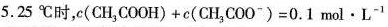
5.25℃时，$$c (C H_{3} C O O H) + c( C H_{3} C O O^{-}) = 0.1 m o l \cdot L^{-1}$$